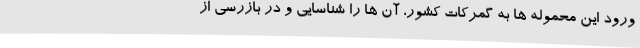
ورود این محموله ها به گمرکات کشور، آن ها را شناسایی و در بازرسی از